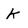
Character: k